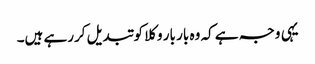
یہی وجہ ہے کہ وہ بار بار وکلا کو تبدیل کررہے ہیں۔